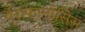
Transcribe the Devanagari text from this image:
पैराफामोसिस